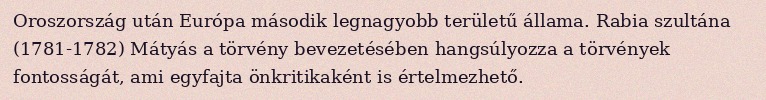
Oroszország után Európa második legnagyobb területű állama. Rabia szultána (1781-1782) Mátyás a törvény bevezetésében hangsúlyozza a törvények fontosságát, ami egyfajta önkritikaként is értelmezhető.